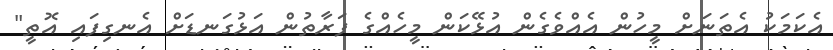
އެކަމަކު އެތަނަށް މީހުން އެއްވެގެން އުޅޭކަން މީހެއްގެ ފަރާތުން އަޅުގަނޑަށް އެނގިފައި އޮތީ"